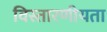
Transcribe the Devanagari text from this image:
विस्तारणीयता